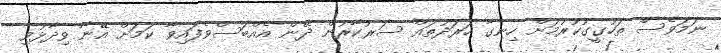
ނަމަވެސް ތަހުގީގުކުރުމަށް ހިނގާ ހަރަދުތައް ސަރުކާރުން ދޭން އެއްބަސްވެފައިވާ ކަމަށް އޭނާ ވިދާޅުވި